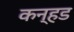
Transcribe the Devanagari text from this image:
कन्हड